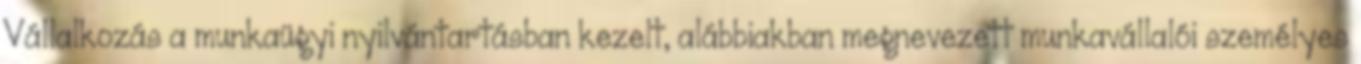
Vállalkozás a munkaügyi nyilvántartásban kezelt, alábbiakban megnevezett munkavállalói személyes